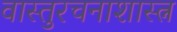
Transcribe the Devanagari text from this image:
वास्तुरचनाशास्त्न